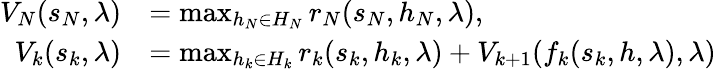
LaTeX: \begin{array}{rl}{V_{N}(s_{N},\lambda)}&{=\operatorname*{max}_{h_{N}\in H_{N}}r_{N}(s_{N},h_{N},\lambda),}\\ {V_{k}(s_{k},\lambda)}&{=\operatorname*{max}_{h_{k}\in H_{k}}r_{k}(s_{k},h_{k},\lambda)+V_{k+1}(f_{k}(s_{k},h,\lambda),\lambda)}\end{array}